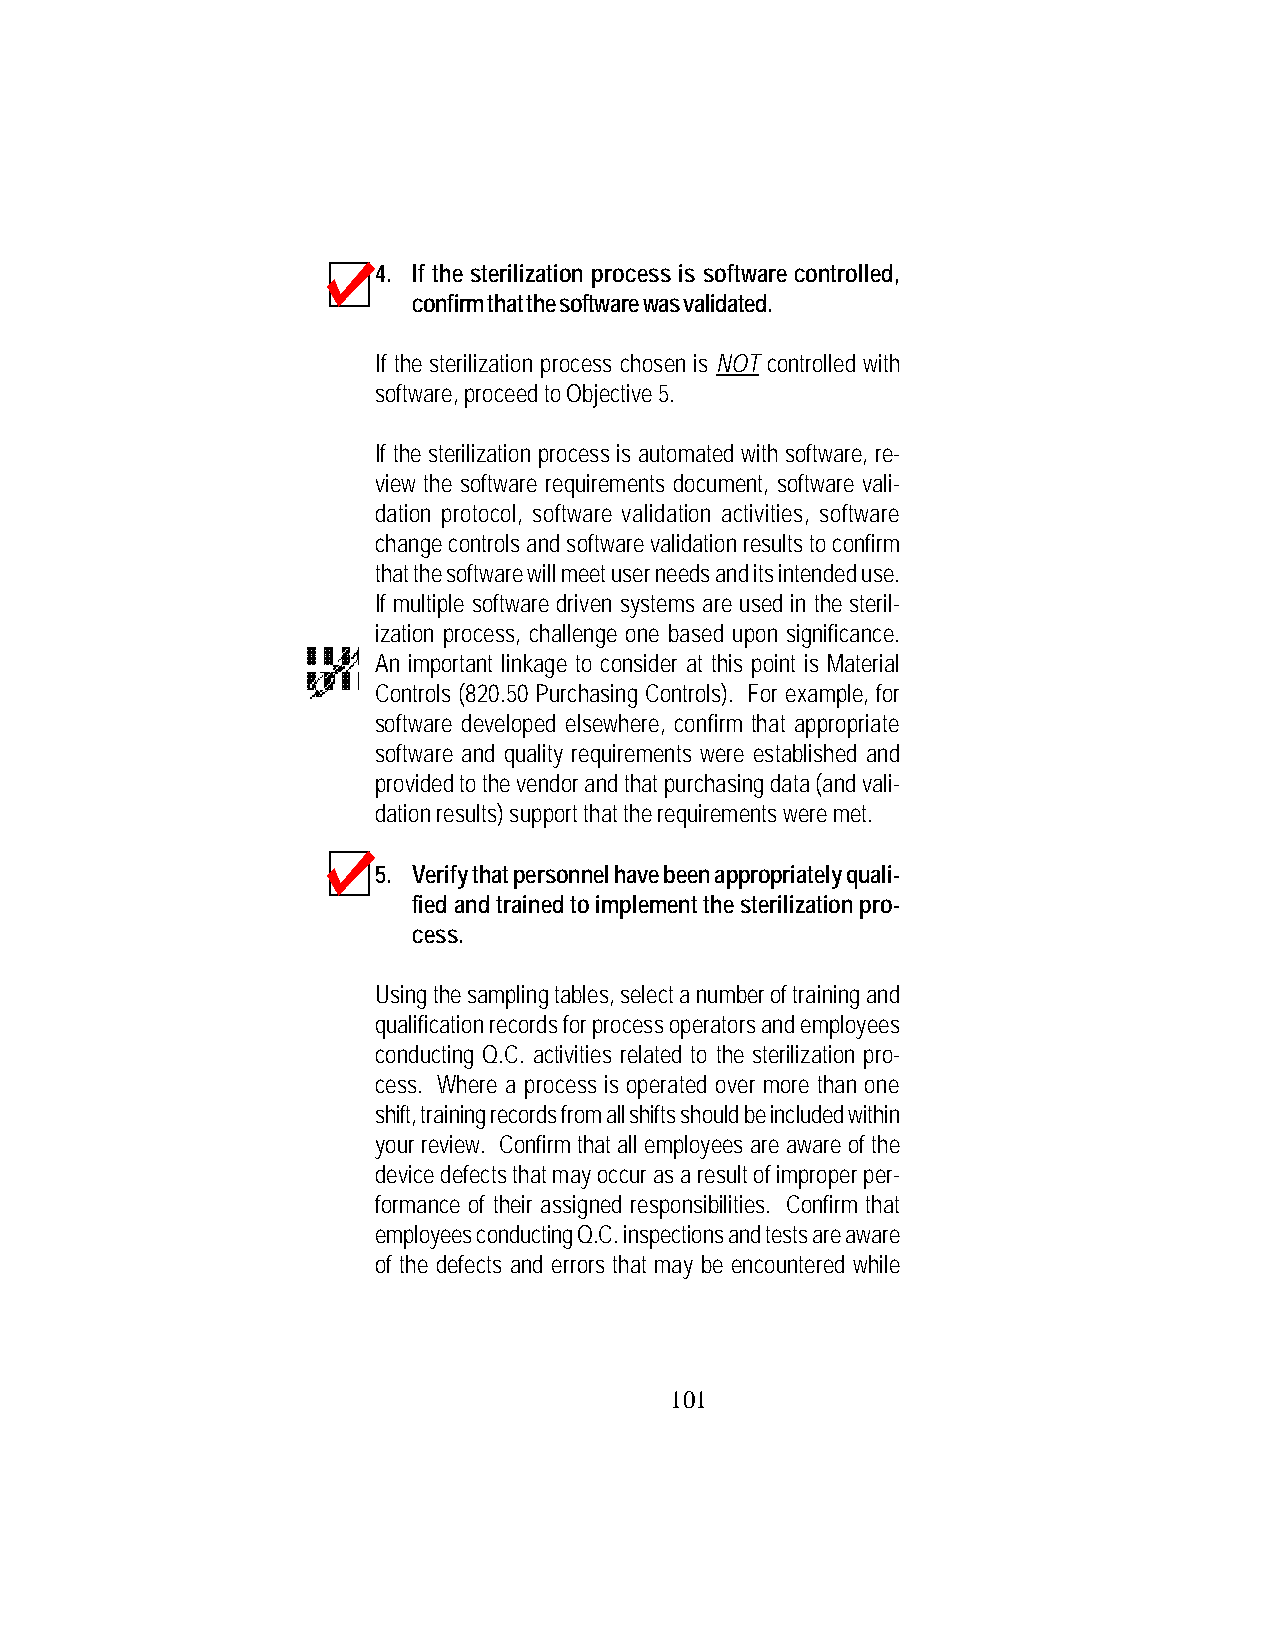
4. If the sterilization process is software controlled,
 confirm that the software was validated.
 If the sterilization process chosen is NOT controlled with
 software, proceed to Objective 5.
 If the sterilization process is automated with software, re-
 view the software requirements document, software vali-
 dation protocol, software validation activities, software
 change controls and software validation results to confirm
 that the software will meet user needs and its intended use.
 If multiple software driven systems are used in the steril-
 ization process, challenge one based upon significance.
 An important linkage to consider at this point is Material
 Controls (820.50 Purchasing Controls). For example, for
 software developed elsewhere, confirm that appropriate
 software and quality requirements were established and
 provided to the vendor and that purchasing data (and vali-
 dation results) support that the requirements were met.
 5. Verify that personnel have been appropriately quali-
 fied and trained to implement the sterilization pro-
 cess.
 Using the sampling tables, select a number of training and
 qualification records for process operators and employees
 conducting Q.C. activities related to the sterilization pro-
 cess. Where a process is operated over more than one
 shift, training records from all shifts should be included within
 your review. Confirm that all employees are aware of the
 device defects that may occur as a result of improper per-
 formance of their assigned responsibilities. Confirm that
 employees conducting Q.C. inspections and tests are aware
 of the defects and errors that may be encountered while
 101